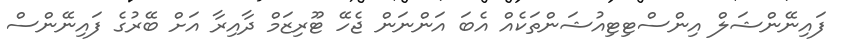
ފައިނޭންޝަލް އިންސްޓިޓިއުޝަންތަކެއް އެބަ އަންނަން ޖެހޭ ޓޫރިޒަމް ދާއިރާ އަށް ބޭރުގެ ފައިނޭންސް